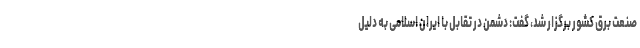
صنعت برق کشور برگزار شد، گفت: دشمن در تقابل با ایران اسلامی به دلیل